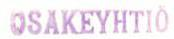
OSAKEYHTIÖ